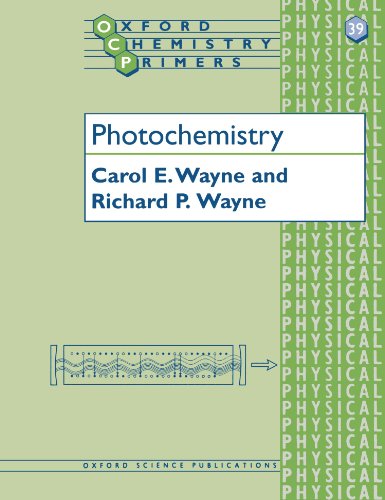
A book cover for Photochemistry (Oxford Chemistry Primers); Carol E. Wayne; Science & Math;